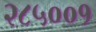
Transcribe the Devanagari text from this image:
२८५००१